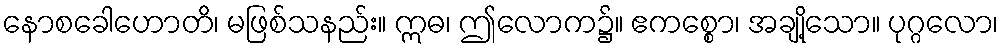
နောစခေါဟောတိ၊ မဖြစ်သနည်း။ ဣဓ၊ ဤလောက၌။ ဧကစ္စော၊ အချို့သော။ ပုဂ္ဂလော၊